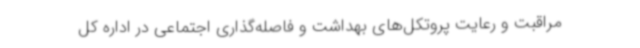
مراقبت و رعایت پروتکل‌های بهداشت و فاصله‌گذاری اجتماعی در اداره کل